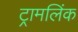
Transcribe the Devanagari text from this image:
ट्रामलिंक